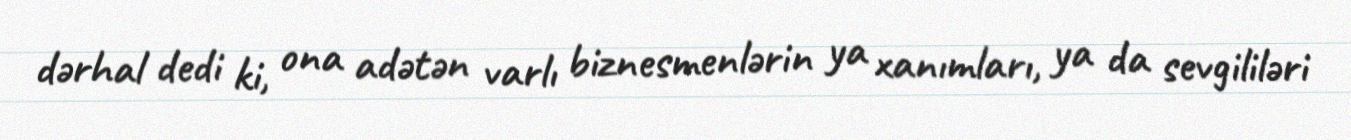
dərhal dedi ki, ona adətən varlı biznesmenlərin ya xanımları, ya da sevgililəri